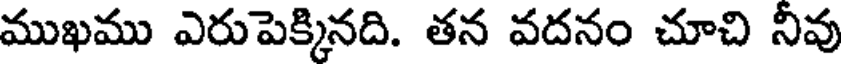
ముఖము ఎరుపెక్కినది. తన వదనం చూచి నీవు